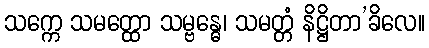
သက္ကေ သမတ္ထော သမ္ဗန္ဓေ၊ သမတ္တံ နိဋ္ဌိတာ’ခိလေ။